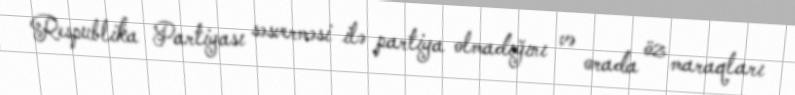
Respublika Partiyası səsverməsi ilə partiya olmadığını və orada öz maraqları